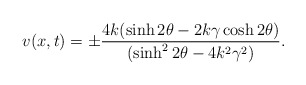
\begin{align*}v(x,t)=\pm \frac{4k(\sinh 2\theta-2k\gamma \cosh 2\theta)} {(\sinh^{2} 2\theta -4k^2 \gamma^{2})}.\end{align*}